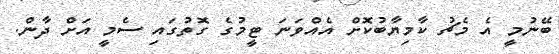
ބޭނުމީ އެ މެޗު ކާމިޔާބުކޮށް އެއްވަނަ ޓީމުގެ ގޮތުގައި ސެމީ އަށް ދާން.